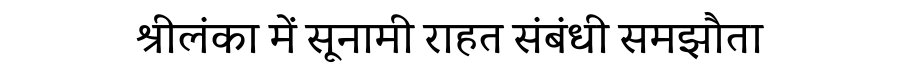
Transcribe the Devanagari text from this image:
श्रीलंका में सूनामी राहत संबंधी समझौता